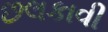
છલકાવી